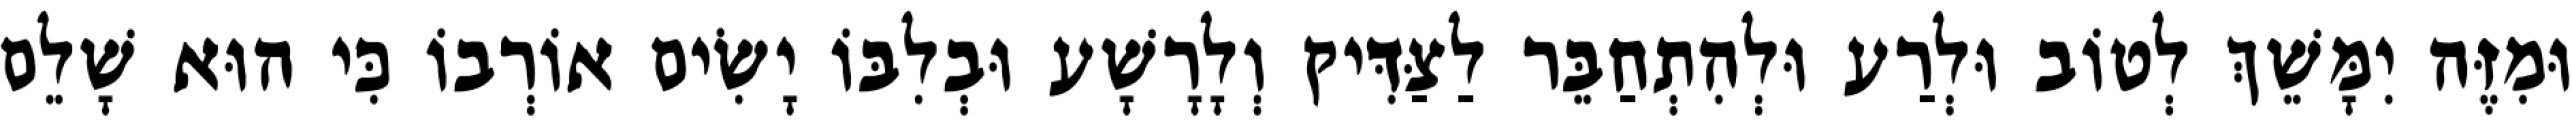
וּמִזֶּה יִמָּשֵׁךְ לְטוֹב וּלְרַע וּלְהִתְחַבֵּר לַצַּדִּיק וְלָרָשָׁע וּבְלִבּוֹ יָשִׂים אוֹרְבוֹ כִּי הוּא שָׁלֵם